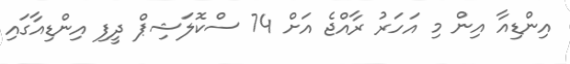
އިންޑިއާ އިން މި އަހަރު ރާއްޖެ އަށް 74 ސްކޮލަޝިޕް ދީފި އިންޑިއާގައި